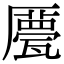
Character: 𠪹